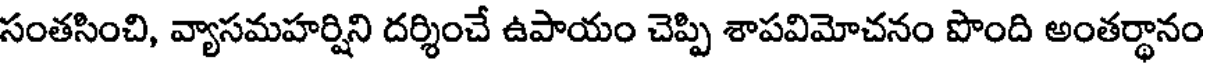
సంతసించి, వ్యాసమహర్షిని దర్శించే ఉపాయం చెప్పి శాపవిమోచనం పొంది అంతర్థానం